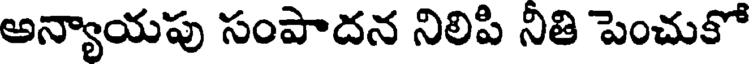
అన్యాయపు సంపాదన నిలిపి నితి పెంచుకో